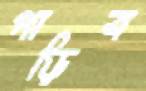
পাড়িব